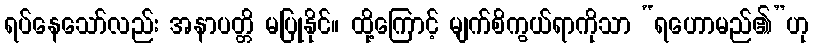
ရပ်နေသော်လည်း အနာပတ္တိ မပြုနိုင်။ ထို့ကြောင့် မျက်စိကွယ်ရာကိုသာ “ရဟောမည်၏”ဟု